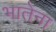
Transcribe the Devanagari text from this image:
भातेना